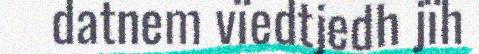
datnem vïedtjedh jïh